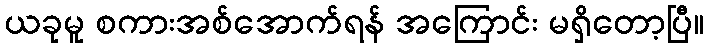
ယခုမူ စကားအစ်အောက်ရန် အကြောင်း မရှိတော့ပြီ။